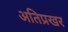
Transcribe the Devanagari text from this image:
अतिप्रखर